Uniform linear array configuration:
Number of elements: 48
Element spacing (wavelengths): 0.75
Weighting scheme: binomial
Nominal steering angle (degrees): -15
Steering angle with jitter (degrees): -14.157
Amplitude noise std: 0.05
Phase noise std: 0.05

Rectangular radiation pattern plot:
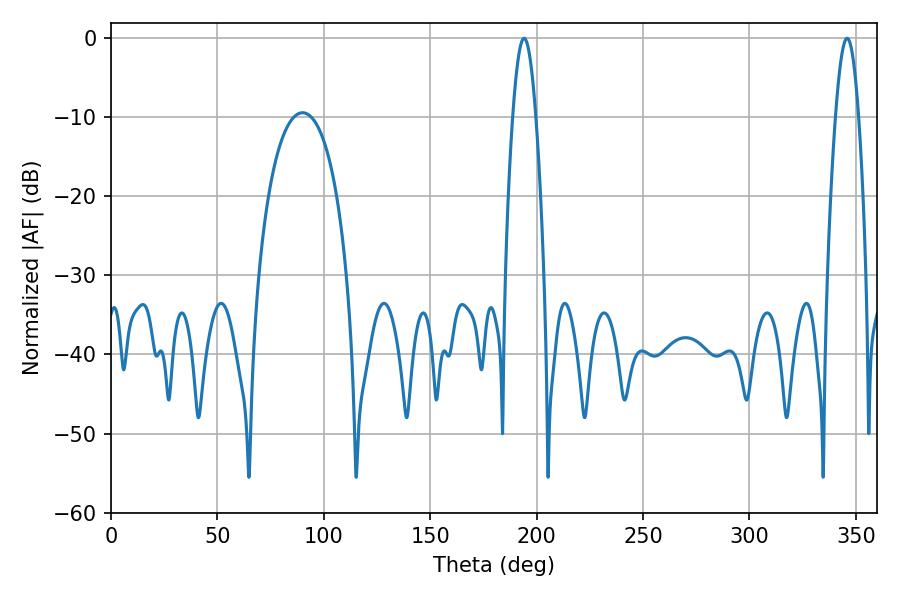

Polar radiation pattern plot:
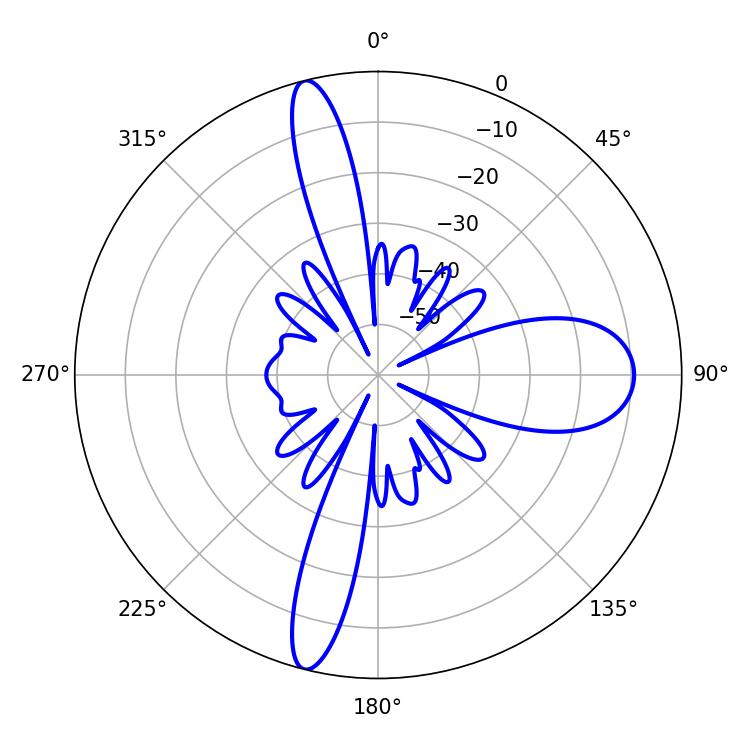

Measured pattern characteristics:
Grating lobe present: TRUE
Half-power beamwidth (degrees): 5.94
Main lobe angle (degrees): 194.04